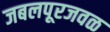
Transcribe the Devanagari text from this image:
जबलपूरजवळ